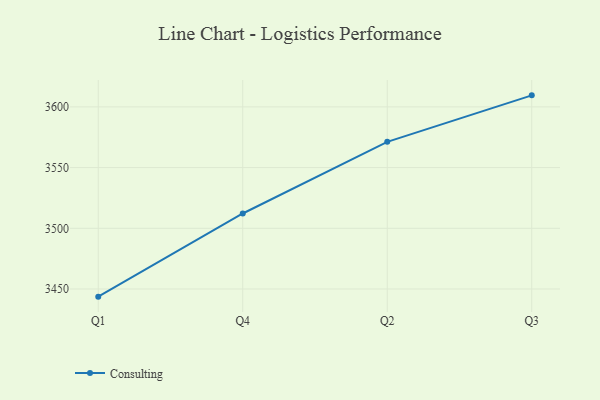
{"axis": {"x": "Quarter", "y": "Satisfaction Score"}, "legend": ["Consulting"], "data": [{"x": "Q1", "y": 3443.7, "type": "Consulting"}, {"x": "Q4", "y": 3512.2, "type": "Consulting"}, {"x": "Q2", "y": 3571.2, "type": "Consulting"}, {"x": "Q3", "y": 3609.5, "type": "Consulting"}]}